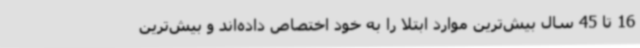
16 تا 45 سال بیش‌ترین موارد ابتلا را به خود اختصاص داده‌اند و بیش‌ترین